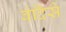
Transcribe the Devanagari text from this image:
बंदिसे